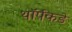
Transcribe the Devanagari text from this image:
थॉर्पकडे